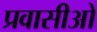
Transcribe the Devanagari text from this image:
प्रवासीओ